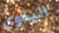
اليدوي